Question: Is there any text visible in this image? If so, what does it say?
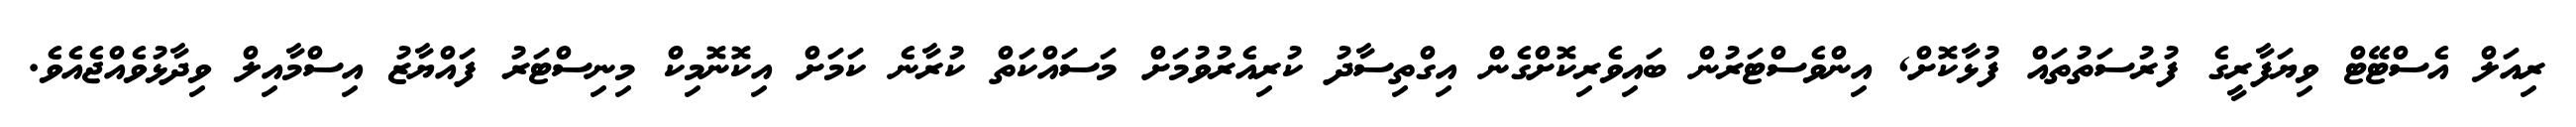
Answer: ރިއަލް އެސްޓޭޓް ވިޔަފާރީގެ ފުރުސަތުތައް ފުޅާކޮށް, އިންވެސްޓަރުން ބައިވެރިކޮށްގެން އިގްތިސާދު ކުރިއެރުވުމަށް މަސައްކަތް ކުރާނެ ކަމަށް އިކޮނޮމިކް މިނިސްޓަރު ފައްޔާޒު އިސްމާއިލް ވިދާޅުވެއްޖެއެވެ.